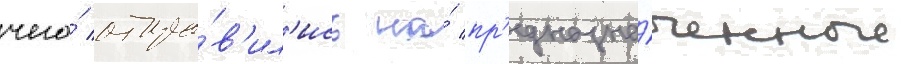
чего́ отпра́в'ил'ись на́ пр'едназна́ченные